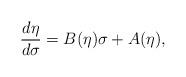
LaTeX: \begin{align*}\frac{d\eta}{d\sigma} = B(\eta) \sigma + A(\eta),\end{align*}